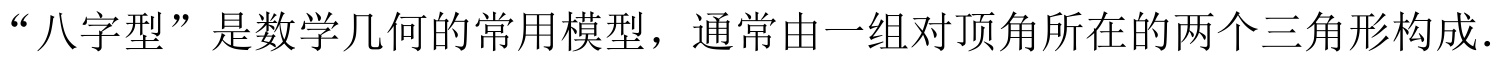
“八字型”是数学几何的常用模型，通常由一组对顶角所在的两个三角形构成.